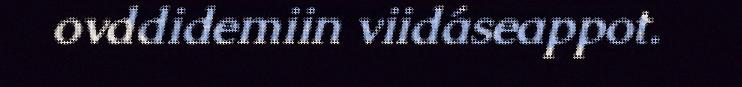
ovddidemiin viidáseappot.